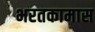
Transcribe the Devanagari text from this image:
भरतकामास